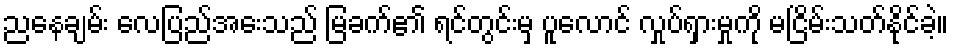
ညနေချမ်း လေပြည်အေးသည် မြခက်၏ ရင်တွင်းမှ ပူလောင် လှုပ်ရှားမှုကို မငြိမ်းသတ်နိုင်ခဲ့။